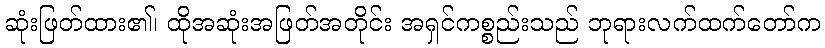
ဆုံးဖြတ်ထား၏၊ ထိုအဆုံးအဖြတ်အတိုင်း အရှင်ကစ္စည်းသည် ဘုရားလက်ထက်တော်က